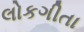
લોકગીતા